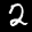
Label: 2